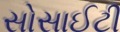
સોસાઈટી